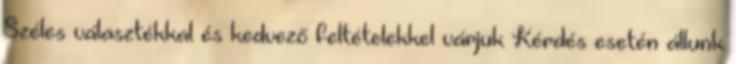
Széles választékkal és kedvező feltételekkel várjuk Kérdés esetén állunk